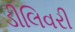
ડીલિવરી